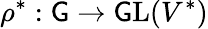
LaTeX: \rho^{*}:\mathsf{G}\to{\mathrm{{\mathsf{G}L}}}(V^{*})